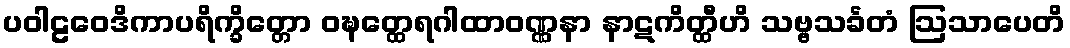
ပဝါဠဝေဒိကာပရိက္ခိတ္တော ဝဍ္ဎတ္ထေရဂါထာဝဏ္ဏနာ နာဋကိတ္ထီဟိ သဗ္ဗသင်္ခတံ ဩသာပေတိ